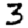
Digit: 3